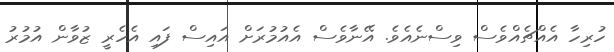
ހުރިހާ އެއްޗެއްވެސް ވިސްނެއެވެ. އޭނާވެސް އެއުމުރަށް އައިސް ފައި އެހެރީ ޒުވާން އުމުރު